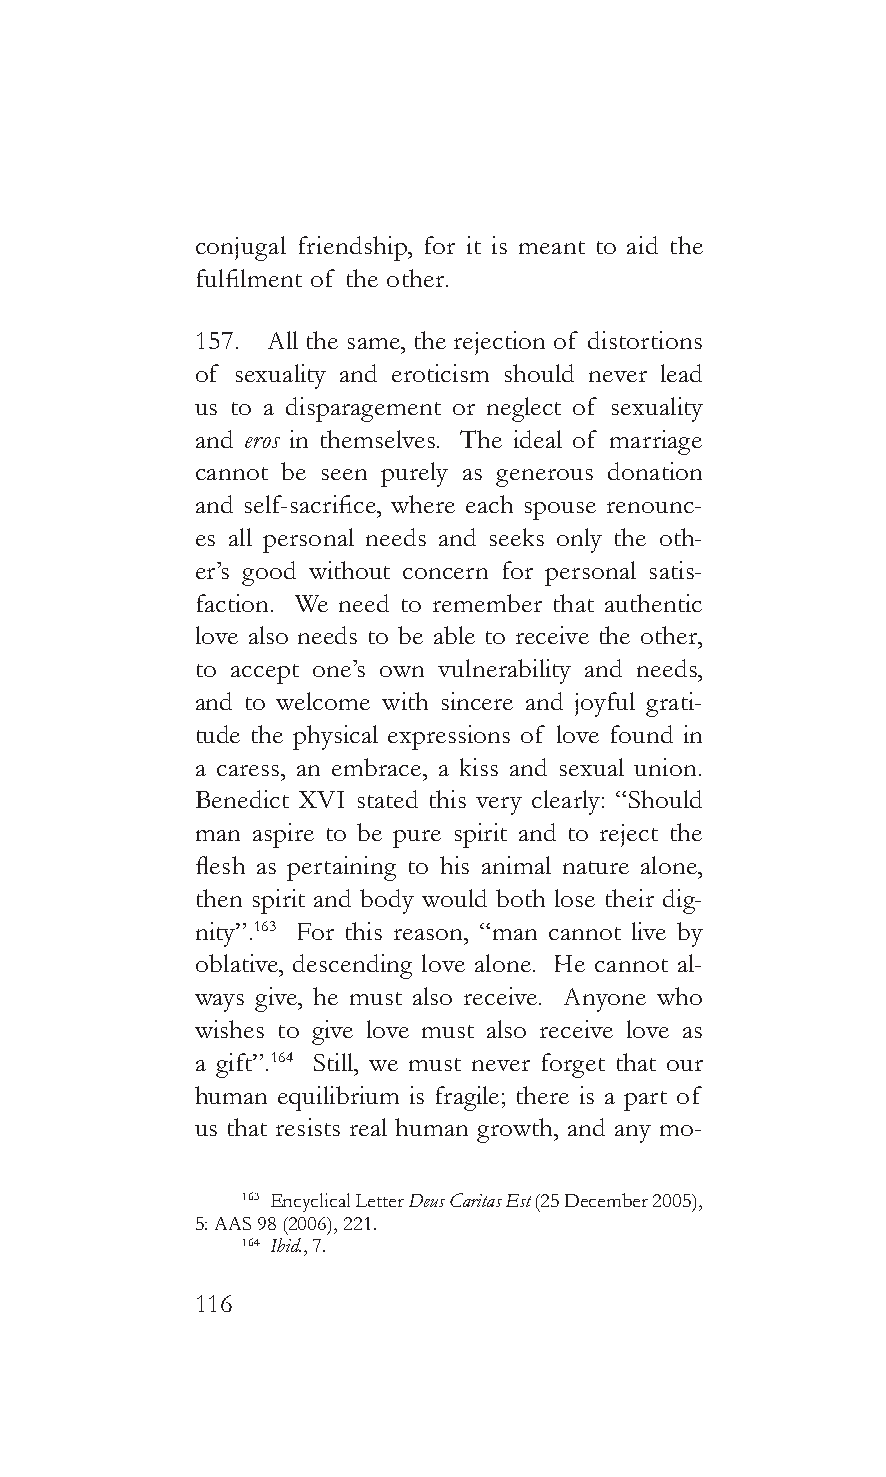
conjugal friendship, for it is meant to aid the
 fulfilment of the other.
 157. All the same, the rejection of distortions
 of sexuality and eroticism should never lead
 us to a disparagement or neglect of sexuality
 and eros in themselves. The ideal of marriage
 cannot be seen purely as generous donation
 and self-sacrifice, where each spouse renounc-
 es all personal needs and seeks only the oth-
 er’s good without concern for personal satis-
 faction. We need to remember that authentic
 love also needs to be able to receive the other,
 to accept one’s own vulnerability and needs,
 and to welcome with sincere and joyful grati-
 tude the physical expressions of love found in
 a caress, an embrace, a kiss and sexual union.
 Benedict XVI stated this very clearly: “Should
 man aspire to be pure spirit and to reject the
 flesh as pertaining to his animal nature alone,
 then spirit and body would both lose their dig-
 nity”.163 For this reason, “man cannot live by
 oblative, descending love alone. He cannot al-
 ways give, he must also receive. Anyone who
 wishes to give love must also receive love as
 a gift”.164 Still, we must never forget that our
 human equilibrium is fragile; there is a part of
 us that resists real human growth, and any mo-
 163 Encyclical Letter Deus Caritas Est (25 December 2005),
 5: AAS 98 (2006), 221.
 164 Ibid., 7.
 116